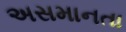
અસમાનતા